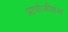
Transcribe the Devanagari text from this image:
प्रापोजीशंस